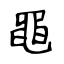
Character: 黽